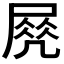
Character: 𡲵